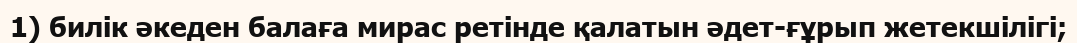
1) билік әкеден балаға мирас ретінде қалатын әдет-ғұрып жетекшілігі;